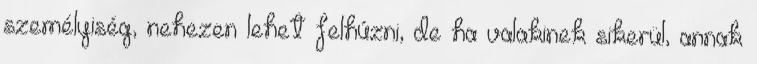
személyiség, nehezen lehet felhúzni, de ha valakinek sikerül, annak